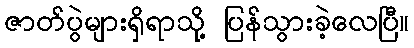
ဇာတ်ပွဲများရှိရာသို့ ပြန်သွားခဲ့လေပြီ။